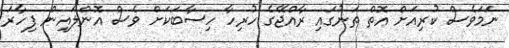
ނަމަވެސް ކުރިއަށް އޮތް ތަނުގައި ރާއްޖޭގެ ހުރިހާ ހިސާބަކަށް ވެސް އޮންލައިން ފިހާރަ